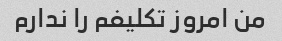
من امروز تکلیفم را ندارم